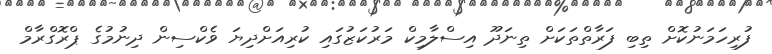
ފުރިހަމަނުކޮށް ތިބި ފަރާތްތަކަށް ތިނަދޫ އިސްލާމިކް މަރުކަޒުގައި ކުރިއަށްދިޔަ ވެކްސިން ދިނުމުގެ ޕްރޮގްރާމް